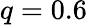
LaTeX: q=0.6